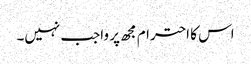
اس کا احترام مجھ پر واجب نہیں۔